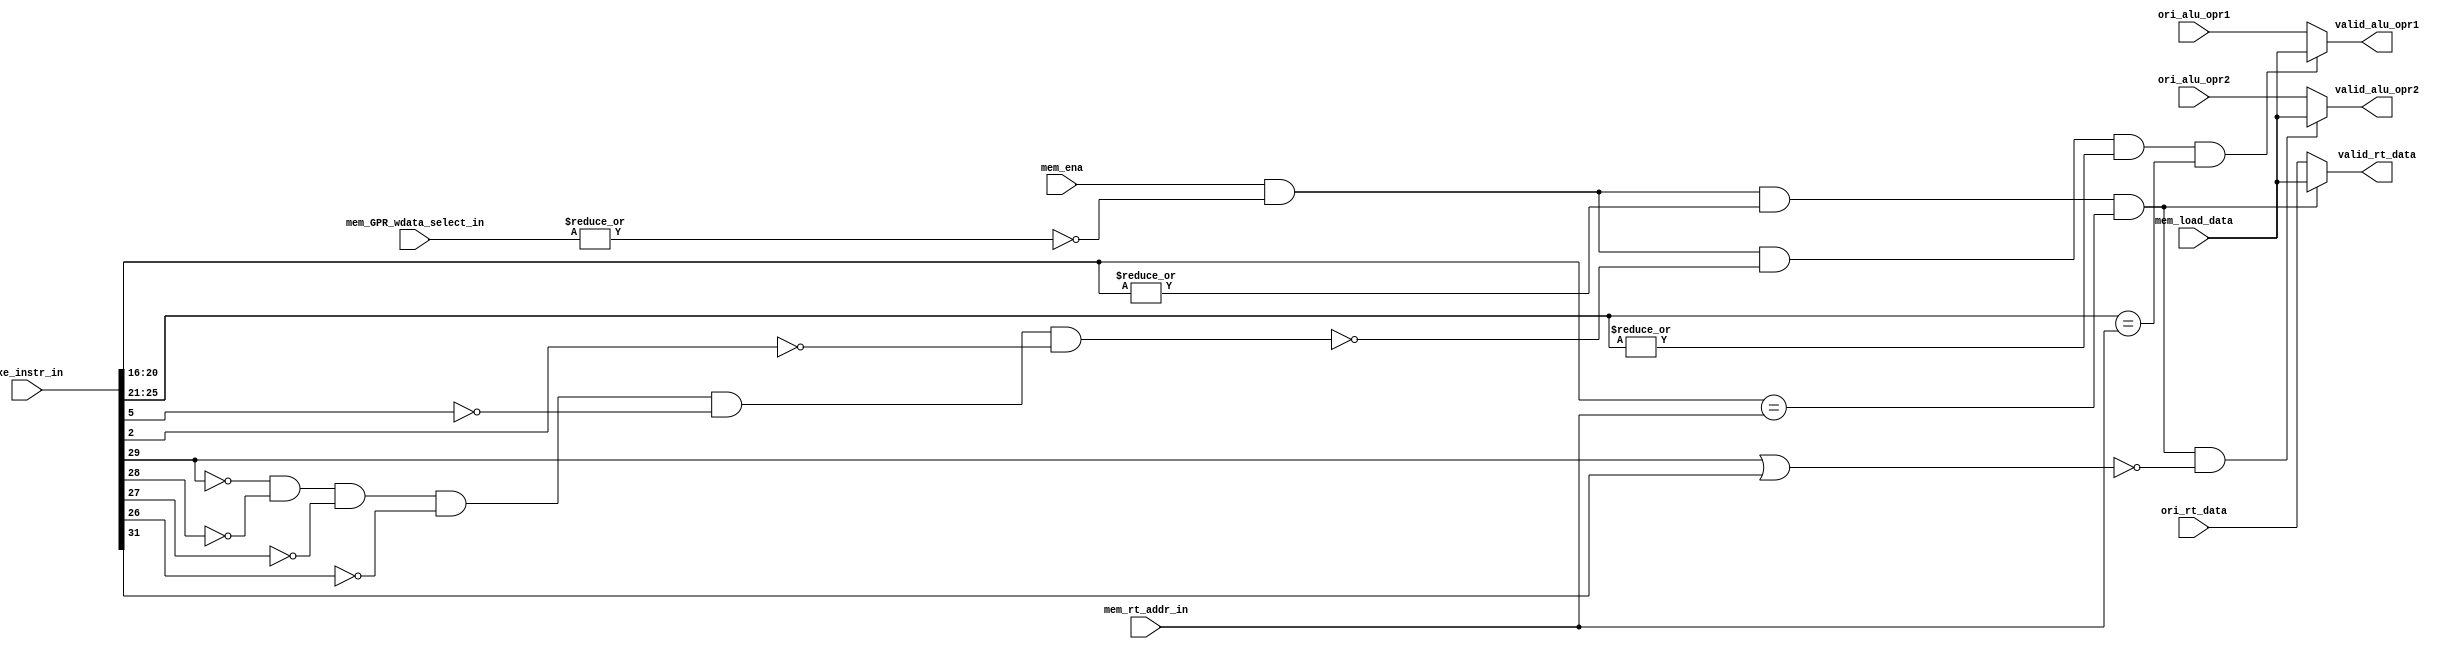
module EXE_load_alu_ByPassProc (
    input wire mem_ena, // Src: EXE_MEM_reg.ena
    input wire[4:0] mem_rt_addr_in, // Src: Instr(MEM)[20:16]
    input wire[1:0] mem_GPR_wdata_select_in, // Src: Src: EXE_MEM_reg.mem_GPR_waddr(MEM)
    input wire[31:0] mem_load_data, // Src: IMEM.rdata

    input wire[31:0] exe_instr_in, // Src: Instr(EXE)

    input wire[31:0] ori_alu_opr1,
    input wire[31:0] ori_alu_opr2,
    input wire[31:0] ori_rt_data,

    output wire[31:0] valid_alu_opr1,
    output wire[31:0] valid_alu_opr2,
    output wire[31:0] valid_rt_data
);

    wire mem_is_load_instr = mem_ena & ~(| mem_GPR_wdata_select_in); // 00 means load instr

    wire alu_opr1_use_gpr = ~(~exe_instr_in[29] & ~exe_instr_in[28] & ~exe_instr_in[27] & ~exe_instr_in[26] & ~exe_instr_in[5] & ~exe_instr_in[2]);
    wire alu_opr2_use_gpr = ~(exe_instr_in[29] | exe_instr_in[31]);

    wire change_rt = mem_is_load_instr &
                    (|exe_instr_in[20:16]) & // rt no zero
                    (exe_instr_in[20:16] == mem_rt_addr_in);

    assign valid_alu_opr1 = mem_is_load_instr &
                            alu_opr1_use_gpr &
                            (|exe_instr_in[25:21]) & //rs no zero
                            (exe_instr_in[25:21] == mem_rt_addr_in) 
                            ? mem_load_data : ori_alu_opr1;

    assign valid_alu_opr2 = change_rt &
                            alu_opr2_use_gpr
                            ? mem_load_data : ori_alu_opr2;

    assign valid_rt_data = change_rt
                           ? mem_load_data : ori_rt_data;
    
endmodule